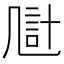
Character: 𪞴